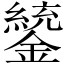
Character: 𨭑